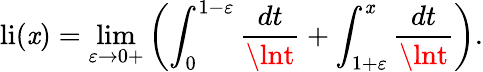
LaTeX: \operatorname{li}(\mathit{x})=\operatorname*{lim}_{\varepsilon\to0+}\left(\int_{0}^{1-\varepsilon}{\frac{{dt}}{{\lnt}}}+\int_{1+\varepsilon}^{\mathit{x}}{\frac{{dt}}{{\lnt}}}\right).